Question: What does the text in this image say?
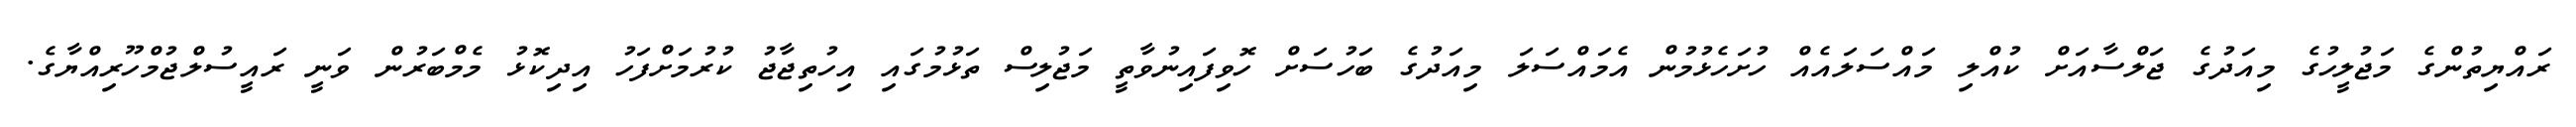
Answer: ރައްޔިތުންގެ މަޖުލީހުގެ މިއަދުގެ ޖަލްސާއަށް ކުއްލި މައްސަލައެއް ހުށަހެޅުމުން އެމައްސަލަ މިއަދުގެ ބަހުސަށް ހޮވިފައިނުވާތީ މަޖުލިސް ތަޅުމުގައި އިހުތިޖާޖު ކުރުމަށްފަހު އިދިކޮޅު މެމްބަރުން ވަނީ ރައީސުލްޖުމްހޫރިއްޔާގެ.